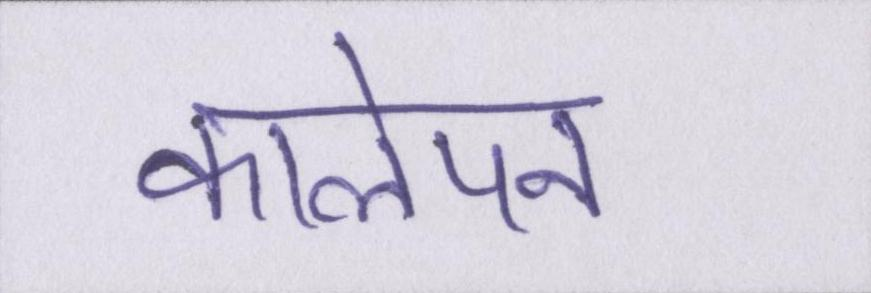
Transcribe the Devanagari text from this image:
कालेपन